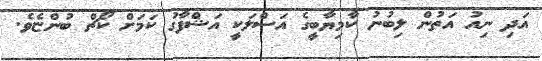
އަދި ނިއު އަތުން ލިބުނު ކާމިޔާބީގެ އަސްލަކީ އަޝްފާގު ކަމަށް ކޯޗް ބުންޏެވެ.